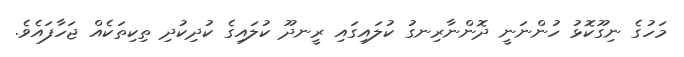
މަހުގެ ނިގޫކޮޅު ހުންނަނީ ދޮންނާރިނގު ކުލައިގައި ރީނދޫ ކުލައިގެ ކުދިކުދި ތިކިތަކެއް ޖަހާފައެވެ.